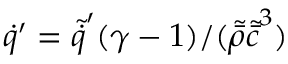
\dot { q } ^ { \prime } = \tilde { \dot { q } } ^ { \prime } ( \gamma - 1 ) / ( \tilde { \bar { \rho } } \tilde { \bar { c } } ^ { 3 } )